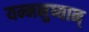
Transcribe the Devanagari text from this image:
यन्मनुष्यान्